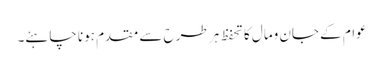
عوام کے جان ومال کاتحفظ ہر طرح سے مقدم ہونا چاہئے۔